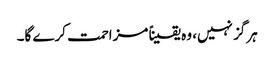
ہرگز نہیں، وہ یقیناً مزاحمت کرے گا۔